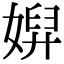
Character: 㜒